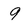
Character: 9